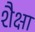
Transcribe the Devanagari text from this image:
शैक्षा